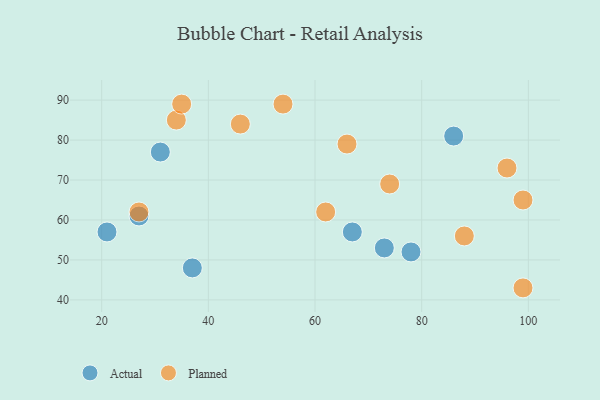
{"axis": {"x": "GDP", "y": "Life Expectancy"}, "legend": ["Actual", "Planned"], "data": [{"x": "73", "y": 53, "type": "Actual"}, {"x": "21", "y": 57, "type": "Actual"}, {"x": "78", "y": 52, "type": "Actual"}, {"x": "27", "y": 61, "type": "Actual"}, {"x": "67", "y": 57, "type": "Actual"}, {"x": "86", "y": 81, "type": "Actual"}, {"x": "31", "y": 77, "type": "Actual"}, {"x": "37", "y": 48, "type": "Actual"}, {"x": "66", "y": 79, "type": "Planned"}, {"x": "34", "y": 85, "type": "Planned"}, {"x": "96", "y": 73, "type": "Planned"}, {"x": "74", "y": 69, "type": "Planned"}, {"x": "35", "y": 89, "type": "Planned"}, {"x": "54", "y": 89, "type": "Planned"}, {"x": "99", "y": 43, "type": "Planned"}, {"x": "27", "y": 62, "type": "Planned"}, {"x": "62", "y": 62, "type": "Planned"}, {"x": "88", "y": 56, "type": "Planned"}, {"x": "46", "y": 84, "type": "Planned"}, {"x": "99", "y": 65, "type": "Planned"}]}